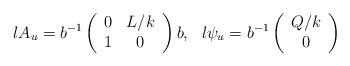
LaTeX: \begin{align*}l A_u = b^{-1} \left(\begin{array}{cc} 0 & L/k \\ 1 & 0 \end{array} \right) b,\ \ l \psi_u = b^{-1}\left(\begin{array}{c} Q/k \\ 0 \end{array} \right)\end{align*}